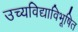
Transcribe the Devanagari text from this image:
उच्यविद्याविभूषित